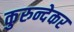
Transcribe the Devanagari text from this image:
कुरुन्देकर